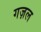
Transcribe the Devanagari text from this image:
गज़ल